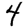
Digit: 4